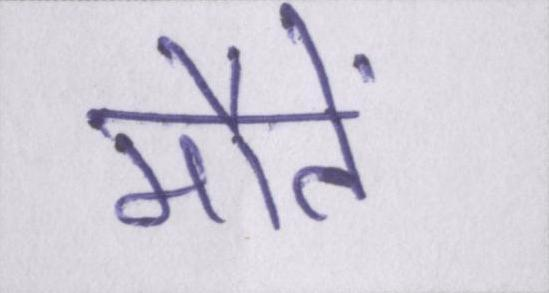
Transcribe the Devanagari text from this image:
मौतें